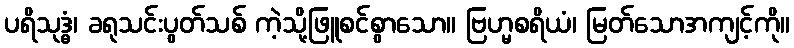
ပရိသုဒ္ဓံ၊ ခရုသင်းပွတ်သစ် ကဲ့သို့ဖြူစင်စွာသော။ ဗြဟ္မစရိယံ၊ မြတ်သောအကျင့်ကို။